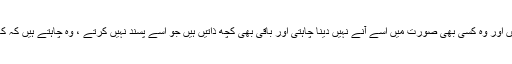
انہوں نے اس بات کا بھی اظہار کیا تھا کہ موجودہ ایم ایل اے اور بعض طبقات میں دشمنیاں ہیں اور وہ کسی بھی صورت میں اسے آنے نہیں دینا چاہتی اور باقی بھی کچھ ذاتیں ہیں جو اسے پسند نہیں کرتے ، وہ چاہتے ہیں کہ کانگریس آئے اور اس میں بھی میں آؤں اور وہ بھی میرے ٹکٹ کے لیے کوششیں کررہے ہیں ۔